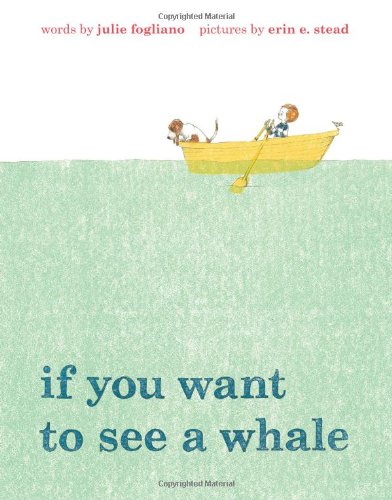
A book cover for If You Want to See a Whale; Julie Fogliano; Children's Books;